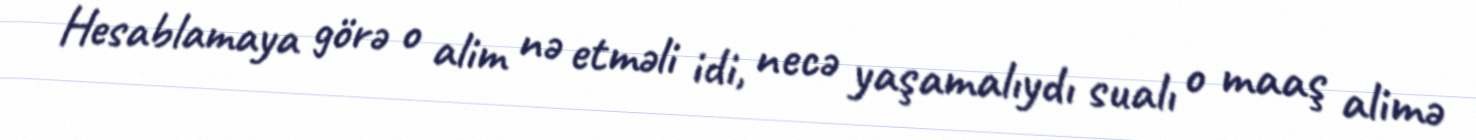
Hesablamaya görə o alim nə etməli idi, necə yaşamalıydı sualı o maaş alimə